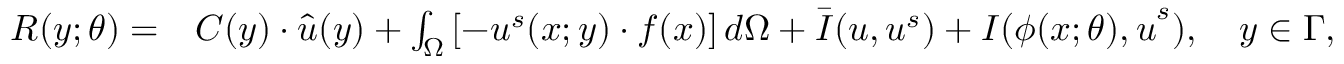
\begin{array} { r l } { \boldsymbol { R } ( \boldsymbol { y ; \theta } ) = } & { \boldsymbol { C } ( \boldsymbol { y } ) \cdot \hat { \boldsymbol { u } } ( \boldsymbol { y } ) + \int _ { \Omega } \left[ - \boldsymbol { u } ^ { s } ( \boldsymbol { x ; y } ) \cdot \boldsymbol { f ( x ) } \right] d \Omega + \bar { \boldsymbol { I } } ( \boldsymbol { u , u } ^ { s } ) + \boldsymbol { I } ( \boldsymbol { \phi ( \boldsymbol { x ; \theta } ) , u } ^ { s } ) , \quad \boldsymbol { y } \in \Gamma , } \end{array}